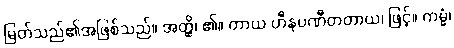
မြတ်သည်၏အဖြစ်သည်။ အတ္ထိ၊ ၏။ တာယ ဟီနပဏီတတာယ၊ ဖြင့်။ ကမ္မံ၊